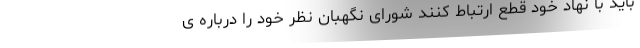
باید با نهاد خود قطع ارتباط کنند شورای نگهبان نظر خود را درباره ی